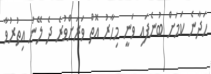
ހަދާނެ ކަމަށް ބުނެފައި ވަނީ މިހާރު އޮތް ވަރަށްވުރެ ދެ ލޭނު އިތުރުވާ